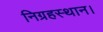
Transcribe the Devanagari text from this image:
निग्रहस्थान।